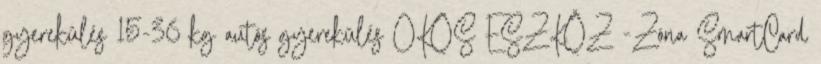
gyerekülés 15-36 kg autós gyerekülés OKOS ESZKÖZ -Zóna SmartCard